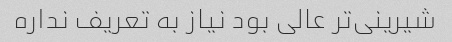
شیرینی‌تر عالی بود نیاز به تعریف نداره